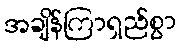
အချိန်ကြာရှည်စွာ